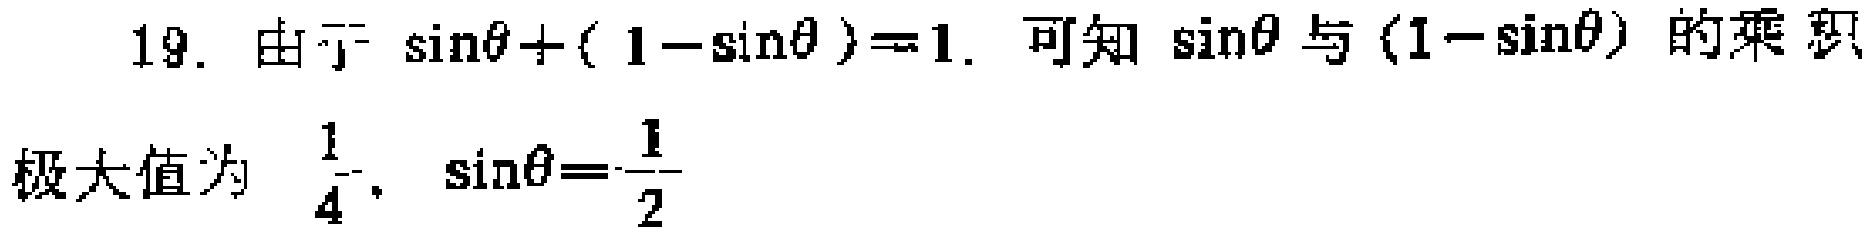
19. 由于 \(\sin\theta+(1 - \sin\theta)=1\). 可知 \(\sin\theta\) 与 \((1 - \sin\theta)\) 的乘积极大值为 \(\frac{1}{4}\), \(\sin\theta=\frac{1}{2}\)